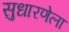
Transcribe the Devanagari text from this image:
सुधारणेला